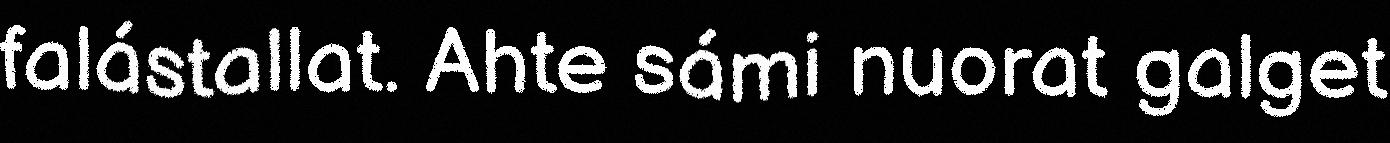
falástallat. Ahte sámi nuorat galget